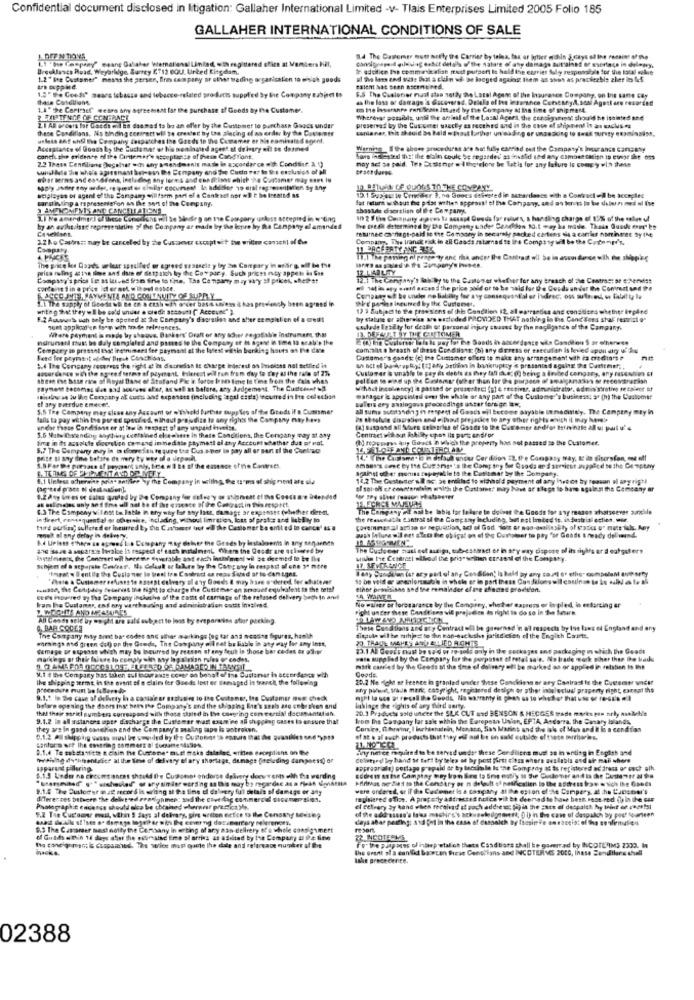
Confidential document disclosed in Itigation: Gallaher International Limited -v- Tlais Enterprises Limited 2005 Folio 185
GALLAHER INTERNATIONAL CONDITIONS OF SALE
LI ' the Company" esang Gahaber Westernalienal Lindad, «Th capitterad office at Members Hil,
1.DrEN TIONS,
1.4 The Cavemer mott morty tre Carrier by telna, fax or hther mahin 5.days of IM
Beecklascs Road. Weybridge, Surrey KT12 0OUJ. Urted Kingdom,
te edoiltice the conmanskalist must putport is held th
cagries Ally responsible for the total sobre
1.2 " Ie Customer" means the gersen, Bira company or stist trading organisation to wisich goods
al tho lass and suas Shoot a clein wi- be locged ageing th
em as soon as practicable zher ies fof
1.5 " the Good" means tobasse and tobacco-related products supplied by the Company sabinet Is
Male Conditions
F.S The Cuslonier runt ales setdy the Local Agens of the Insurance Company, on Ine sane cey
as the loss or damage 's Gucovered. Driele of ie lesarance Contarpl. sosi Agesl are resorted
1.4 " The Coringer webra ary agreement for the purchase of Goods By fre Customer.
on the bossrante rah Seans ittused by the Company &t Ihn time of shipment.
FORTFNOF OF CONTRACE
Wherever possible, until the artical of the Lasal Agera, the consignminst should he isainted and
LI AR groeis lor dosen mill En dasmed to be an offer by the Customer to purchase Goods under
these Conditions. Ns binding contract will be created by the alecing of an order by the Customer
preserved by the Cus-uener uascly as recthed and in the case of shipment in ans sachsen
unless anf cht the Company despusches the Goods to the Cumemer er Die nominated agent.
Acceptance of Goods by the Suctamer or his nominated ageet al deiogry afl be dosmed
Warning , Ithe above procedures are Not fully eseriad out the Company's Insurance cangany
conci the evidence of the Cardemer'e osceptucce of these CondTiont.
2.2 Thass Cendliang Dogalhar wich any amendments maske in accordarch with: Condsier 2. ()
may act se paid. Tet Sutas not withotelone be Satis for any lature is comp y wih these
Lors ing Ested the! the shin could be regarded as invalid ted any comoet tarien is cusge Ihr oss
woplages or agent of the Company will form part of a Contract bor wE t be iseatodas
ID BATMAN CF QUONS TO THE COMPANY
cars Iting a representation an the sort of the Company.
15.1 943 4g is Crneder 2. no Goocs defeated in accordance with a Contract wil be accepted
AMTMOMENTS AND CANCELE AT ONS
ahsslde dsortlish of the Company.
1.1 Ne amerdmgr.] of these Comedians will be bedeg on the Company unless accepted in y ting
10 2 f lo Corapaty apres Sa assssd Goods for ralyes, & handling charge of 12% of the webet ul
by an acthechte represendetine " the Company ar made by the lapre by the Company el amended
Se tech determined by the Company under Sendiden 10.1 way ha made. Thais Quase enny" be
returned carriage-paid ie the Company in secarely packed cartens dla a carrier nonintet sy IN
1.2 ko Castres: may be canceled by the Cuszeer exceptuit be written consent of die
Company, The Iransk risk in all Goods matarnad to It's Company will be the Cre myd'r.
HORCHEATY ANGELS
wasmele y by 20 Conpary in schir g Bif be the
11.1 The panting ni peage ty anc risk ander the Contrast wil be in accordance with the shop'sg
prise maling 4 tva time and date of detp sich ky the Covpary. Such prices racy appets &s Gut
The price lee Doods urber spelled or agreed
Company's price Te ss letved from frie to the. The Company may Why 2f prkes, shett!
12.1 The Company's lab by to the Cantoner whether for any Breach of the Contrast or e-herdist
el sal is egy with access the price pild or to be said for D'e Condu under Die Contract and the
1.1 the sapply of Goods wa te cn a cash efh ofver bass uniem it has previenchy been agreed in
JCCO THEPAYMENTA AND CONTANITY OF STORY
the paris ineurved by the Customer,
12 3 Subject to De provisions of the Condition 12 all warranties ans constices whether inpire
5.2 Auuws uch bely be apcted at The Company's discretion and sher completion of a credit
by statute or athereise are estleded PROVIDED THAT nothing in the Cand Tens shal restrict o"
Just apphost en form with fra da telefences.
Where payment is made by shouve, Bankers' Draft or any other regolabile Instrument, that
sachede lesity for death of personal injury shuset by the nagligence of the Campany.
nurunand must be daly completed and passed le the Company er is agene in to6 12 scal'e the
In accordance wis Condition S ar ethenese
Cemprey in pressnl Esat ineinimaet fer paymant at the latest within berkin; hours on the dante
com.alt a breath of these Con dans; (b) .
ny GEFess er eseculian is levied apon dir was
Feed for payment oder Pinch Conchicas.
Customers goods (e) the Customer offers to make any arrangement with is credits ?
accordance with the ogread sermo of payment hierest will run from day to thy at the rate of 27%
14 The Company roseress the right at itt d'ocradish It charge leinrest on Invoices not settled it
ahh act of berkoopty; [t] any arthion in bankruptcy & presented agains De Carithef ;.
Customer & unable to pay Es debts as Evay tal cka; () being a lavbed congary, any russodie) &I
Shese Ese base Five of Rioyat Blanc of Staffand Pie i force ban time to I'me from the cala whes
payment becomes due aad accrues aber, as well as before, any Judgement The Cudtener
withAct insolvency] it pasted or presetles: (g) e rectiver, administrator, administrative recaler af
sillas ss lu lan Company at cutts and exposass (including legal etsia) incurred in Ite colechan
el any overdue emecht.
balers ery analogous proccodlige unter f
manager is appointed over the whole or any part of the Customer's business; af (h) the Castomer
1.5 Tre Campeny may close any Account of w'forhold further oupp Tes ofthe Gtodt if a Cummer
all suma sutstanding in respect of Goods =i
ctout abyable inmedindy. The Company mty In
falls ta pay within the por ec specified, nihaut projudias to smy rights the Company may have
Pe shaslule disgration and e.phaut prejadice
le aPy other rights which it may here's
undor tese Condidlast er at few in romaest o! any unpaid isvetst.
thats Conditions, the Company pay at any
5.6 Nate Isendog &highiny ccetohned else
fre in ts assoldie digestion comand inmediale phymost of thy Account whathar dus of mot.
( forums quy Guracs In which the property has not passed so the Customer,
Contract without Abilly cpon its part andfor
6.7 The Company evry in w dooresel te sure the Cus o por lo pay all or part of the Cselnic
14. 5 1.OUF AND COUNTERCLAN
paite si soy fine botste da mery ty way of a depoll
S.9 For De porzase af ponypark andy, bene # 2 Ba of the essence ofine Cantreet.
against oder monist topayable to ihe Cusismer by the Company.
1.1 Unless schermae prin- antilee sy m
14,2 The Customer siIl ac: 26 snitlad to withhold payment of any lhecot by toavan ol apgris ?!
el sol of creontenedim wwith the Castort, may have ar sloge to have against the Company ar
at esteveges only and fire ull aal be el
Race of the Contract in This respect,
ENECHCE MAISUMA
4.3 The Company willest to Fable in er
# any last, damage or expenset (whether derm.
The Company AL sal be labis for ledere to doivet the Goods for any reason whatsoever auchle
in frert, cenasquental ot ockeraire. ncl.
without limratios, lott of pratos and Biabiany to
the Peasmathe Contrat si the Company including, but not Inbed to, industrial ettien. u.
third ourfin; sullered er incurred by the
of for all the Customer ka ont ed to cancel & #
mock ol any delay in deky %
dehver the Genes by Instaleenis in any san arnas
and isave a separate Ioraloe in respect of tas
Erlangt When the Gesdr are quiseres by
The Cusligeer nasl est autiga, tubeessaset or in ary way dispose of its siyh's er d catguters
Iptalmen's, the Concertwil henste eoverable ant euch intimesi wil be deemed to be the
unha the Centrati alkodi the pris" setien cresssl of the Company.
Schfeet of a separate Covar. No default .
"Emrat w I entila the Cuslo mer lo brest Ios
we by the Company in respect of one 3ª more
I any Sandcan (or any part of any Condition' is held any any soit et ethe. compolen auparty
"Phase a Customareefuses te astept calvary of d'vy Gouds & may h see e dered, fer chatenet
suisse, the Contipady feservis Ine tight to change the Cutiemer an hnouet equivalent is the tetal
ethor bronisisas and the remalader el ise afince proetfon.
CEF's inpaired wy tha Company inchache of the cast of carriage of the refined delivery Sech in ant
No murer or loresarance by the Camprey, whether eapress or in pled, in enforcing ar
LA WANER
Iram the Customer, and any werthosting and administration cotst insived.
right under these Conditions wil projecse do right to do so in the Nature.
All Cosse sele by wopht are sald esbject to lons by ereporains atior packing
. BAR CODES
These Conditions and aty Contract wil be governed 'n a'l respects by Ins laws of England and any
The Company may bent bar codes and sthar markings fog for and nicotine Sigures, hoolh
Harings and green dol) on the Goods, The Company oil set be liable in any way for any inst.
finpula wil be shjeg to the ton-backithe jatitdiction of the Engith Courte.
20 TRAJE MAHES AND ALLIED ROMTE
damage or expense which may be bourred by reason of any feut in those bar codes or alver
23.1 Al Goat's must be so d or ze-sols only in the suckages and packaging m which the Goodt
markegs or their falure lo comply win My lags non rules or codes,
wass supplied by the Company lar the purposes of retal sa's. No trade work Biher ther the balls
M.1 the Company bas türen sul bouraust comer on bosat of ins Customer in accordance with
mitk carried by the Goods bi the time of dolivary will be marked as or applied in relation to the
Goods.
the shipping sermt in the event of a claim fer Goods lost or damaged in trasch, the following
20.2 Me nicht er teence in granted under these Conckisans er ary Contrast fe the Customer vidt!
Procedure must be faltereddo-
why piece, sade mane cosyright, regracred desigh or other intelectual pragerty right, except the
9.1.1 in the case of delivery la a contaleur gustative to the Customer, Ina Customer nos check
before opening the doors inst hers the Company's and the shipping Bie's stab aso ctbroken and
that their saricl numbers correspond with those stated in the coming con eercial decimentalian.
Itklage the rights of any third serty.
20.3 Products sold unteer the SLK CUT and BENSON & HECGES trade marks pen nrly madehis
9.1.2 In all statanees uper discharge the Cusfewer mast examine all shipping cases to ensure that
kom the Campany lar sale wthis the European Union ,, EFTA, Andorra, the Canary Islands,
they are in gasd csehen and the Company's maling tape is astroken.
Corsica, fhrwmr, I bachastadein, Monate,
as Marins and the lols of Man and it is a condios
of at & all such products that typy est mal Et on salt outside of these mortiwie's.
santoro off the costring sommerza fucame
5.1.4 To makeaffiche & ciain het Curone. BL
til meks dalelas, written exceptions on De
ilty nerce miquired to be served undert
iens must so in onting in English and
DAhing dythementalice al thun few of delvtry
Mary shortage, demage feeleding darpeess) or
Colveyoul ly hand se tert by teles o by P
Cess where available and at mas where
appropriale) portage prepaid de ty leccim
Comprity af to registered address or euch ofh.
1.1.5 Under no circumstances should the Customet endorse delivery dece vents oth the wording
Afirmas ne idad to the Condary of n dole
calier to the address trav w sich the Goods
were ordered, or if the Cacomer is & conga
leston of de Campery at ha CJesou's
d'Tere nes between the delivered reasonmenc aad the coet slag commercial dicener/sien.
registered office. A property adirected holce Vi
be deemed to have best sese red () in the Gas
9.2 Tie Cucoone must, within ! Jags al delivery, girs weiten ecfce to the Cenaany sedisiep
Photographit encenss should also be chrained whereest practicaMe.
el Celleery Sy kand when received it aoch addres
hit the Face of datpaich Ny teint e coer !si
DU) in the case of despaich by post fourteen
days ahar pesting: asd Qui in the case of Ces
9.3 The Camamer mest notty the Comisany in writing of ary man delivery of a whole consignmert
of Gulds Din 14 days cher the cusread time startins as addlind by the Company u Pe line
Fo. the punpocos of interpretal'on thets Casdti
2 INCOTERMS
the Grant sia canfiel boston thean Cenolians
INCOTERVES BORG, lhasa Sendtlars chull
all te garerrad by INCOTERMS 2309. In
Ishe precedente.
02388